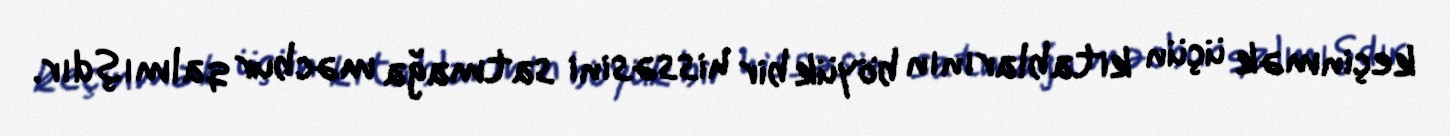
keçinmək üçün kitablarının böyük bir hissəsini satmağa məcbur qalmışdır.